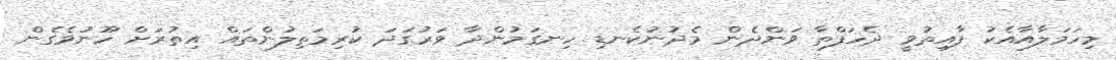
މިހަމަލާއާއެކު ފާއިތުވީ ދެހަފްތާ ވަންދެން މެދުނުކެނޑި ހިނގަމުންދާ ވަރުގަދަ ކުރިމަތިލުންތައް އިތުރަށް ހޫނުވެގެން